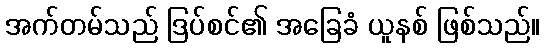
အက်တမ်သည် ဒြပ်စင်၏ အခြေခံ ယူနစ် ဖြစ်သည်။